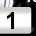
Digit: 1